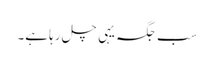
سب جگہ یہی چل رہا ہے۔